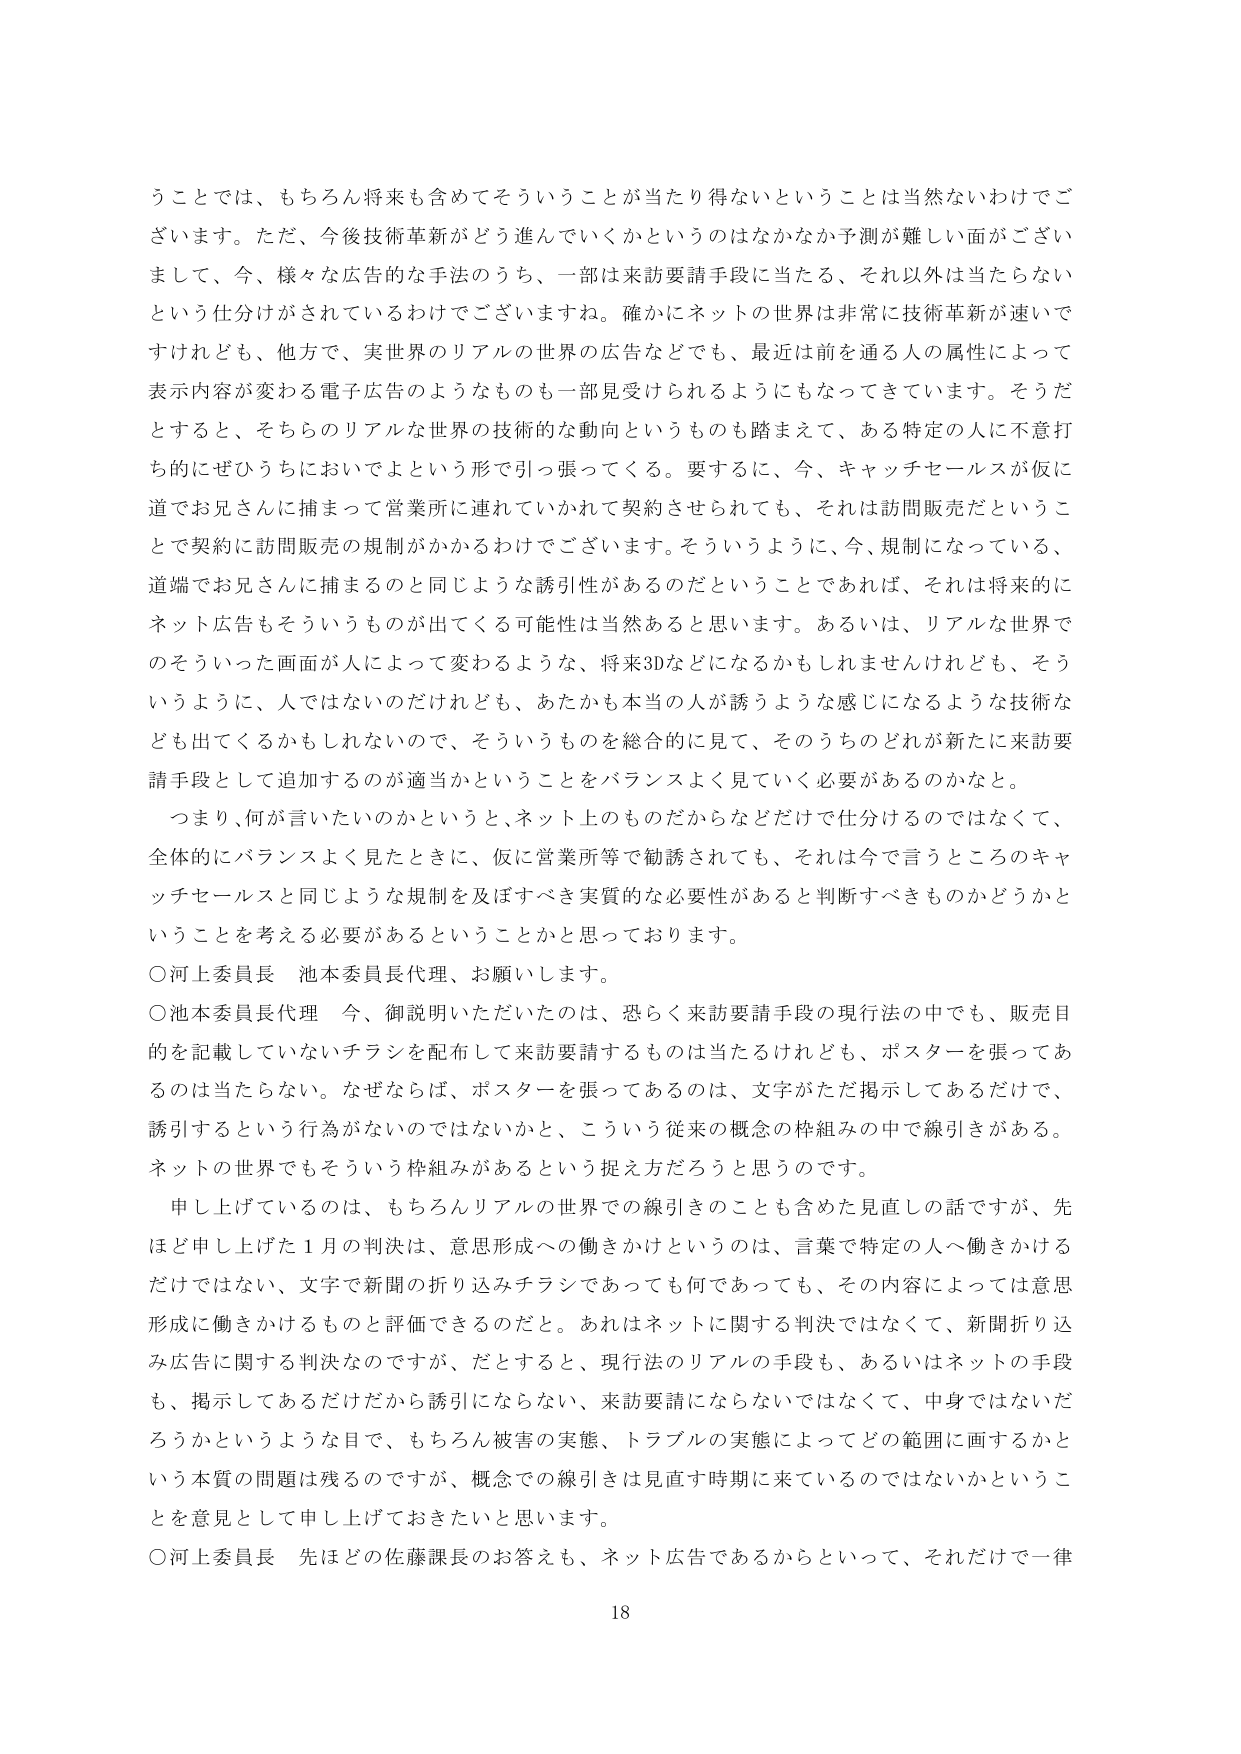
うことでは、もちろん将来も含めてそういうことが当たり前だということは当然ないわけでございます。ただ、今後技術革新がどう進んでいくかというのはなかなか予測が難しい面がございまして、今、様々な広告的な手法のうち、一部は来訪要請手段に当たる、それ以外は当たらないという仕分けがされているわけでございますね。確かにネットの世界は非常に技術革新が速いですけれども、他方で、実世界のリアルの世界の広告などでも、最近は前を通る人の属性によって表示内容が変わる電子広告のようなものも一部見受けられるようにもなってきています。そうだとすると、そちらのリアルな世界の技術的な動向というのもも踏まえて、ある特定の人に不意打ち的にぜひうちにおいでよという形で引っ張ってくる。要するに、今、キャッチセールスが仮に道でお兄さんに捕まって営業所に連れていかれて契約させられても、それは訪問販売だということで契約に訪問販売の規制がかかるわけでございます。そういうように、今、規制になっている、道端でお兄さんに捕まるのと同じような誘引性があるのだということであれば、それは将来的にネット広告もそういうものが出てくる可能性は当然あると思います。あるいは、リアルな世界でのそういった画面が人によって変わるような、将来3Dなどになるかもしれませんが、そういうように、人ではないのだけれども、あたかも本当の人が誘うような感じになるような技術なども出てくるかもしれないので、そういうものを総合的に見て、そのうちのどれが新たに来訪要請手段として追加するのが適当かということをバランスよく見ていく必要があるのかなと。

つまり、何が言いたいのかというと、ネット上のものだからなどだけで仕分けるのではなくて、全体的にバランスよく見たときに、仮に営業所等で勧誘されても、それは今言うところのキャッチセールスと同じような規制を及ぼすべき実質的な必要性があると判断すべきものかどうかということを考える必要があるということかと思っております。

○河上委員長 池本委員長代理、お願いします。

○池本委員長代理 今、御説明いただいたのは、恐らく来訪要請手段の現行法の中でも、販売目的を記載していないチラシを配布して来訪要請するものは当たるけれども、ポスターを張ってあるのは当たらない。なぜならば、ポスターを張ってあるのは、文字がただ掲示してあるだけで、誘引するという行為がないのではないかと、こういう従来の概念の枠組みの中で線引きがある。ネットの世界でもそういう枠組みがあるという捉え方だろうと思うのです。

申し上げているのは、もちろんリアルの世界での線引きのことも含めた見直しの話ですが、先ほど申し上げた1月の判決は、意思形成への働きかけというのは、言葉で特定の人へ働きかけるだけではない、文字で新聞の折り込みチラシであっても何であっても、その内容によっては意思形成に働きかけるものと評価できるのだと。あれはネットに関する判決ではなくて、新聞折り込み広告に関する判決なのですが、だとすると、現行法のリアルの手段も、あるいはネットの手段も、掲示してあるだけだから誘引にならない、来訪要請にならないではなくて、中身ではないだろうかというような目で、もちろん被害の実態、トラブルの実態によってどの範囲に画するかという本質の問題は残るのですが、概念での線引きは見直す時期に来ているのではないかということを意見として申し上げておきたいと思います。

○河上委員長 先ほどの佐藤課長のお答えも、ネット広告であるからといって、それだけで一律

18